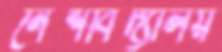
নৈশবিদ্যালয়